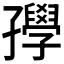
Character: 𡦰